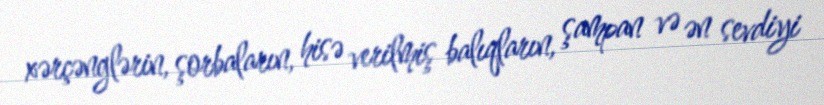
xərçənglərin, şorbaların, hisə verilmiş balıqların, şampan və ən sevdiyi